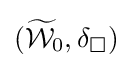
({\widetilde {\mathcal {W}}}_{0},\delta _{\square })